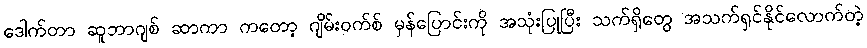
ဒေါက်တာ ဆူဘာဂျစ် ဆာကာ ကတော့ ဂျိမ်းဝက်စ် မှန်ပြောင်းကို အသုံးပြုပြီး သက်ရှိတွေ အသက်ရှင်နိုင်လောက်တဲ့